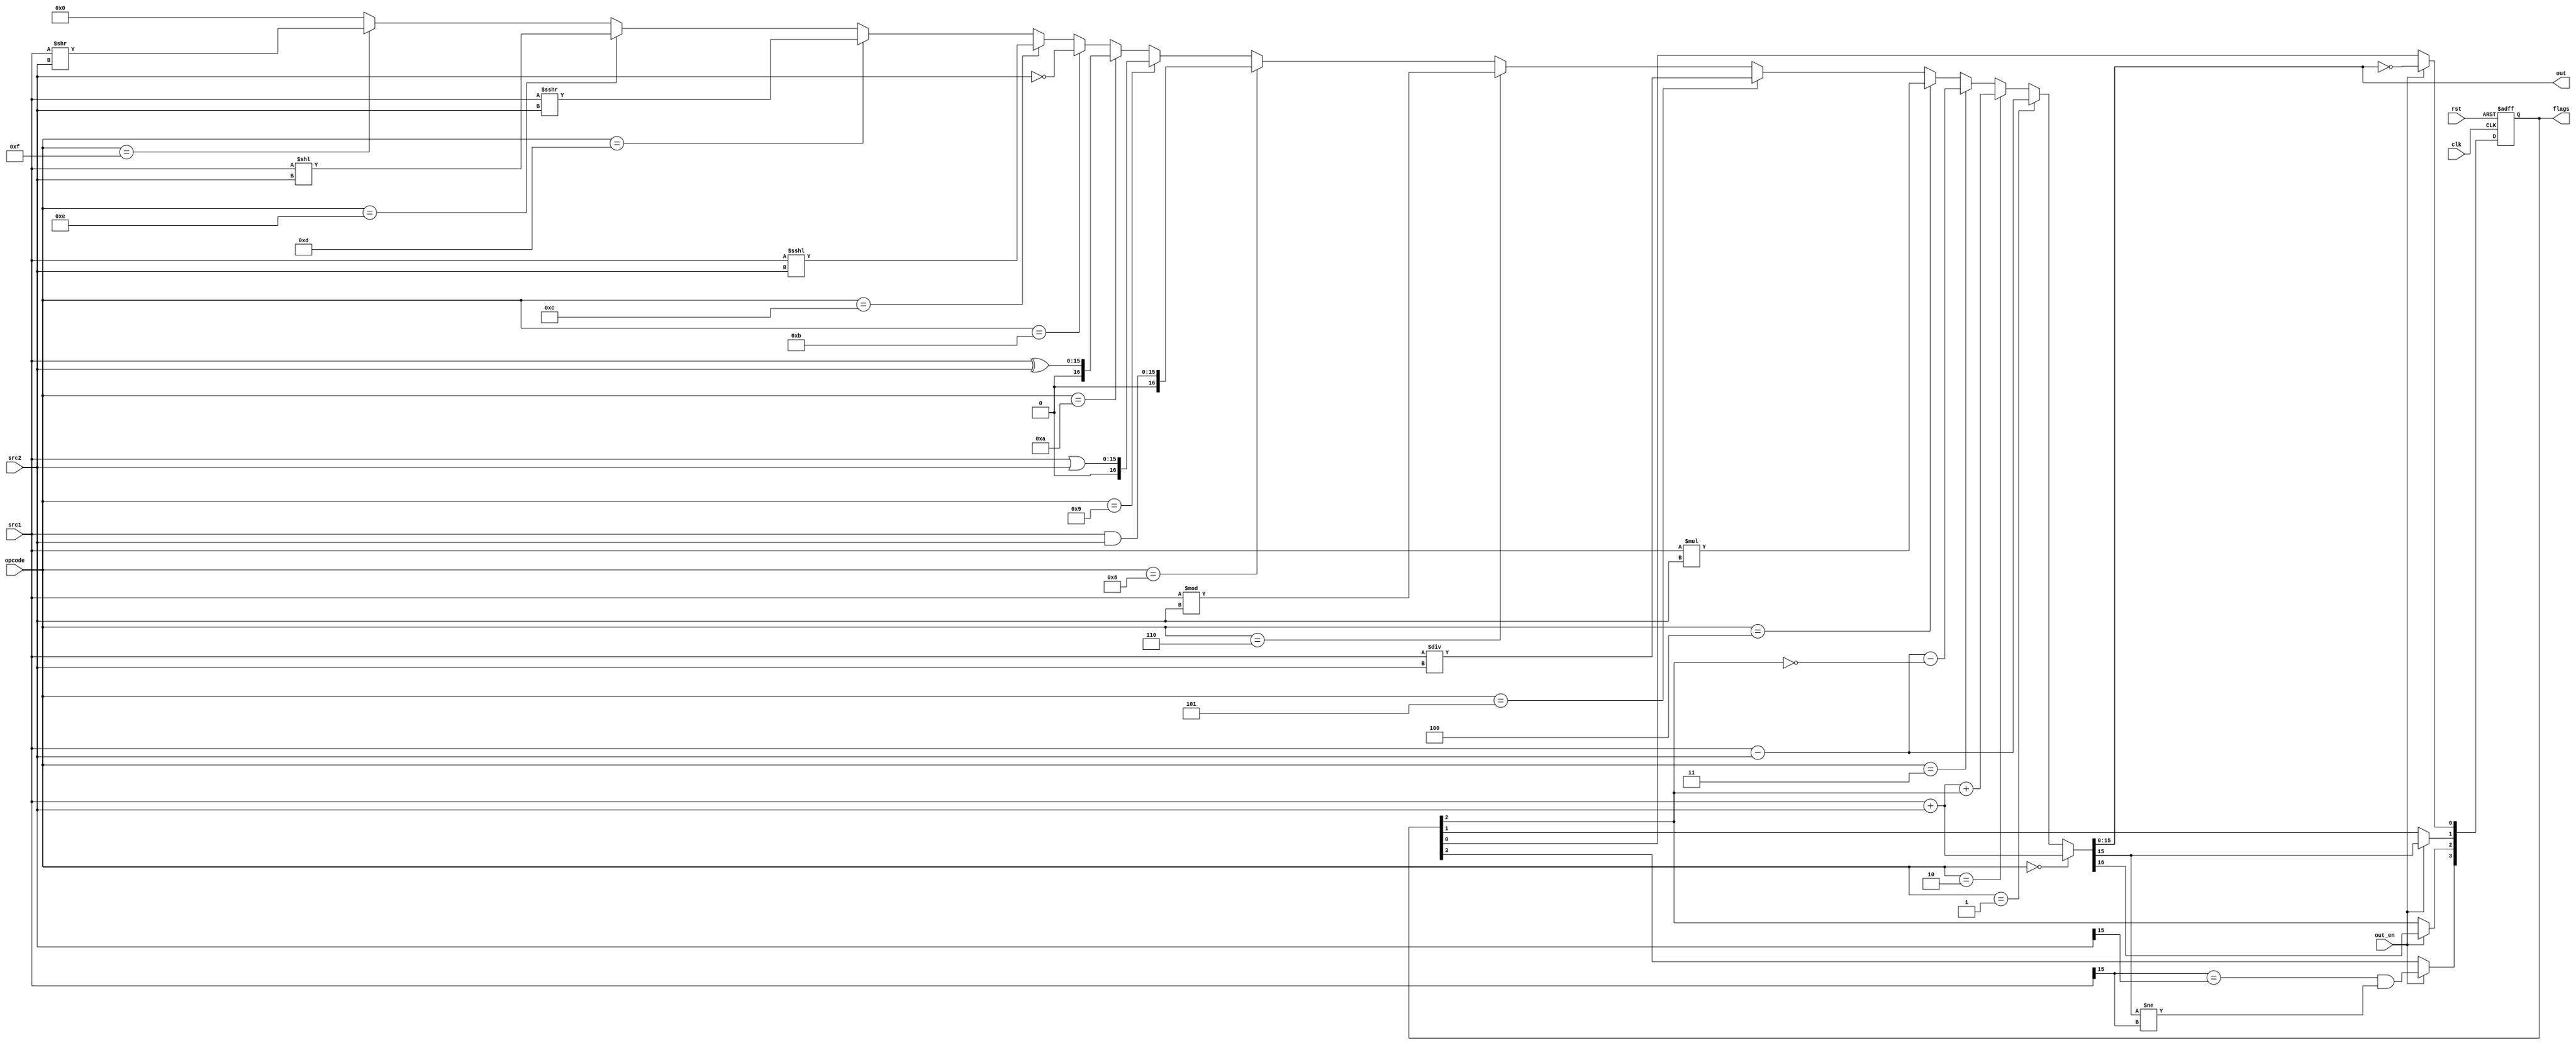
module alu (
  input clk,
  input rst, // Assuming active-high reset
  input [3:0] opcode,
  input [15:0] src1,
  input [15:0] src2,
  input out_en,
  output [15:0] out,
  output reg [3:0] flags //O C N Z
);

  wire [16:0] result;

  assign result = (opcode == 4'b0000) ? src1 + src2 : // ADD
                  (opcode == 4'b0001) ? src1 - src2 : // SUB
                  (opcode == 4'b0010) ? src1 + src2 + flags[2] : // ADC
                  (opcode == 4'b0011) ? src1 - src2 - ~flags[2] : // SBC
                  (opcode == 4'b0100) ? src1 * src2 : // MLT
                  (opcode == 4'b0101) ? src1 / src2 : // DIV
                  (opcode == 4'b0110) ? src1 % src2 : // MOD
                  (opcode == 4'b1000) ? src1 & src2 : // Bitwise AND
                  (opcode == 4'b1001) ? src1 | src2 : // Bitwise OR
                  (opcode == 4'b1010) ? src1 ^ src2 : // Bitwise XOR
                  (opcode == 4'b1011) ?      ~ src2 : // Bitwise NOT
                  (opcode == 4'b1100) ? src1 <<< src2 : // Shift Left Arithmetic
                  (opcode == 4'b1101) ? src1 >>> src2 : // Shift Right Arithmetic
                  (opcode == 4'b1110) ? src1 << src2 : // Shift Left Logical
                  (opcode == 4'b1111) ? src1 >> src2 : // Shift Right Logical
                  17'b0; // Default

  assign out = result[15:0];

  always @(posedge clk or posedge rst) begin
    if (rst) begin
      flags <= 4'b0000;
    end else if (out_en) begin
      flags[3] <= (src1[15] == src2[15] && result[15] != src1[15]); // Overflow flag
      flags[2] <= result[16];        // Carry flag
      flags[1] <= result[15];        // Negative flag
      flags[0] <= result[15:0] == 0; // Zero flag
    end
  end
endmodule